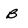
Character: B